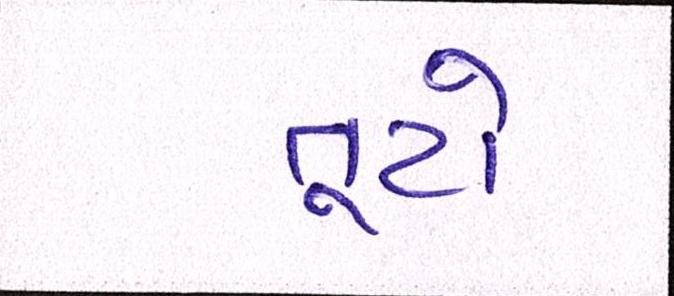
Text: તૂટો